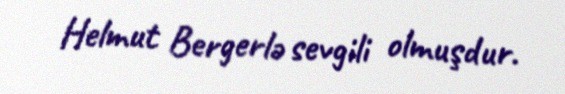
Helmut Bergerlə sevgili olmuşdur.